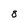
Character: 8